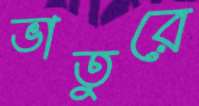
ভাতুরে